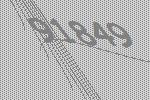
91849